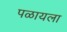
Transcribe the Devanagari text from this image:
पळायला